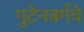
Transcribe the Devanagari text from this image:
गुटेनबर्गचे